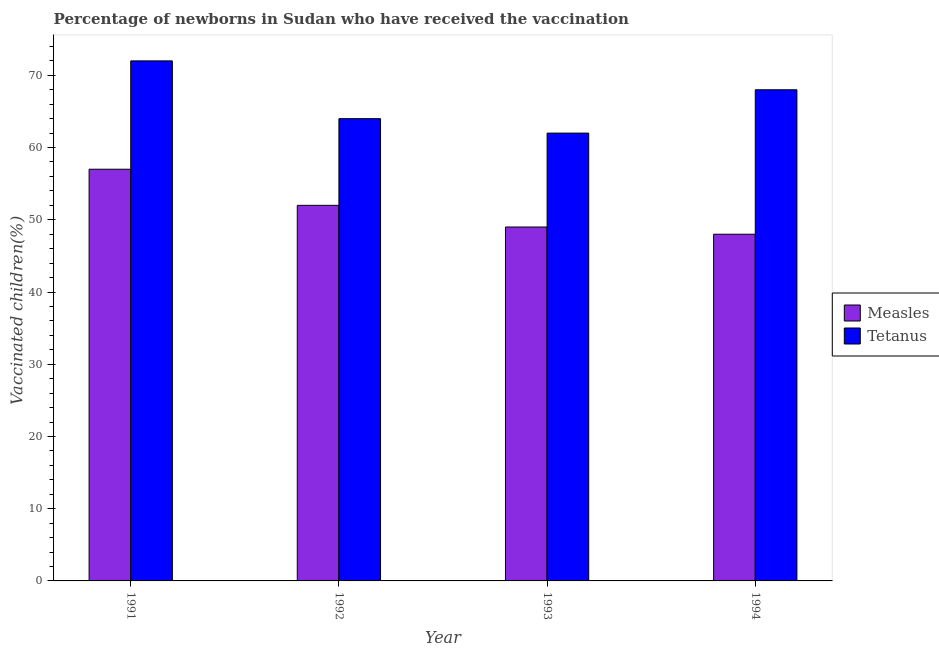
| Year | Measles | Tetanus |
 | --- | --- | --- |
 | 1991 | 57 | 72 |
 | 1992 | 52 | 64 |
 | 1993 | 49 | 62 |
 | 1994 | 48 | 68 |